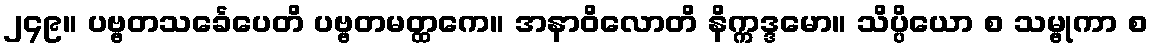
၂၄၉။ ပဗ္ဗတသင်္ခေပေတိ ပဗ္ဗတမတ္ထကေ။ အနာဝိလောတိ နိက္ကဒ္ဒမော။ သိပ္ပိယော စ သမ္ဗုကာ စ